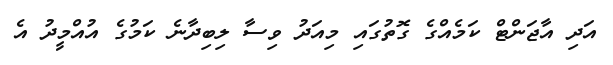
އަދި އާޖަންޓް ކަމެއްގެ ގޮތުގައި މިއަދު ވިސާ ލިބިދާނެ ކަމުގެ އުއްމީދު އެ